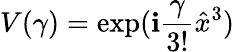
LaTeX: V(\gamma)=\exp(\mathbf{i}\frac{{\gamma}}{{3!}}\hat{{x}}^{3})